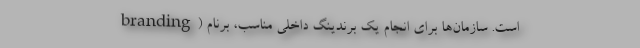
branding) است. سازمان‌ها برای انجام یک برندینگ داخلی مناسب، برنام